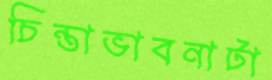
চিন্তাভাবনাটা